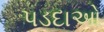
પડદાઓ